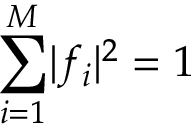
\sum _ { i = 1 } ^ { M } \lvert f _ { i } \rvert ^ { 2 } = 1